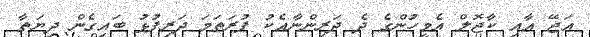
އަޖޭ އާއި ކާޖޮލް އެމީހުންގެ ދެ ދަރިންނާއެކު ފުރަތަމަ ދަރިފުޅު ބައިގެން ދިޔަތާ